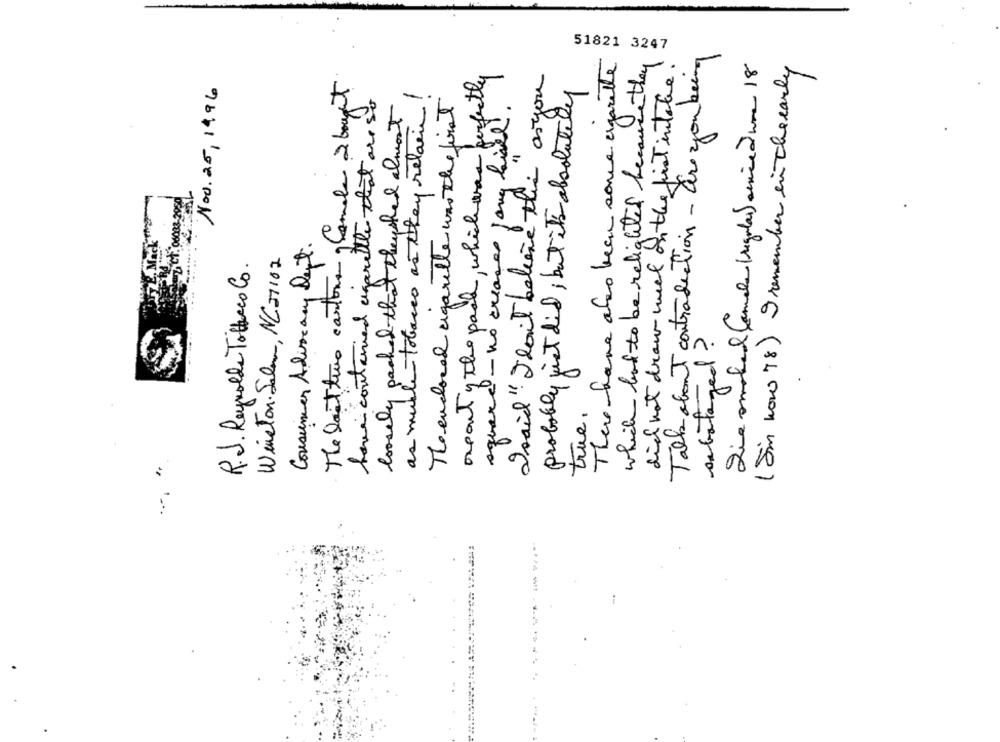
51821 3247
There have also been some ergarette
when they
did not draw weel on the pist intake!
Talk about contradiction- are you being
Sie smoked Camels (regular) service @ work 18
(Sim now 78) 9 remember in theearly
The last two cartons glamals 2 bought
orponty the pack, which was perfectly
Isaid" droit believe this as you
Nov. 25, 1996
probably just did; but it's absolutely
as muble tobacco as they retain !
Theendlocal cigarette was the first
have continued cigarettle that are so
loosely packed that theyshed almost
square - no creases jong lived
which had to be relighted because
ZACH. 00088-2050
Consumer Advocacy Dept.
Winston Salem, NC27102
R.J. Reynolds Totheco Co.
sabotaged ?
true.